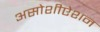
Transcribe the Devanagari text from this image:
असोशीऐशन